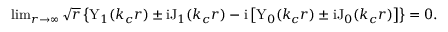
\begin{array} { r } { \operatorname* { l i m } _ { r \rightarrow \infty } \sqrt { r } \left\{ \mathrm { Y } _ { 1 } ( k _ { c } r ) \pm \mathrm { i } \mathrm { J } _ { 1 } ( k _ { c } r ) - \mathrm { i } \left[ \mathrm { Y } _ { 0 } ( k _ { c } r ) \pm \mathrm { i } \mathrm { J } _ { 0 } ( k _ { c } r ) \right] \right\} = 0 . } \end{array}